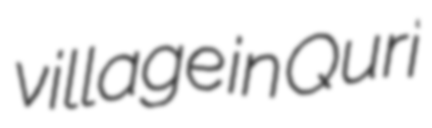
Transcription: village in Quri